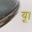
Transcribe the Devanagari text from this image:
यू।